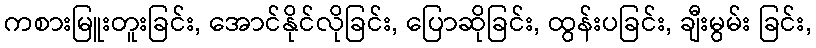
ကစားမြူးတူးခြင်း, အောင်နိုင်လိုခြင်း, ပြောဆိုခြင်း, ထွန်းပခြင်း, ချီးမွမ်း ခြင်း,